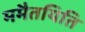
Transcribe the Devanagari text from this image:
ममैतयिति